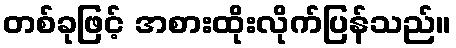
တစ်ခုဖြင့် အစားထိုးလိုက်ပြန်သည်။